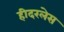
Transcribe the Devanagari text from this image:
हीदरलेस